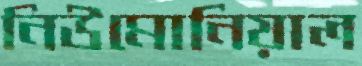
নিউমোনিয়াল